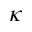
\kappa